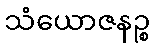
သံယောဇနဉ္စ